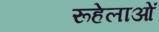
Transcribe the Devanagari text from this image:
रूहेलाओं